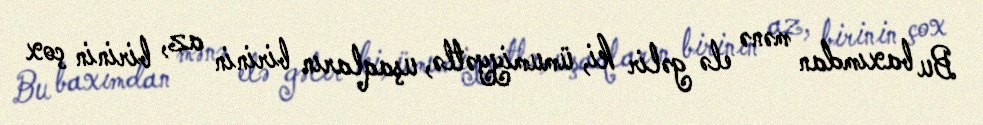
Bu baxımdan mənə elə gəlir ki, ümumiyyətlə, uşaqların birinin az, birinin çox